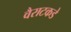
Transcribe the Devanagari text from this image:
वैराटकडे